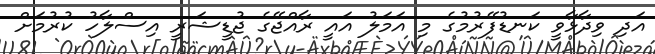
އަދި ވިދާޅާވީ ކަނޑުފޭރުމުގެ މި އަމަލު އައީ ރާއްޖޭގެ ޖުޑީޝަރީ އިސްލާހު ކުރުމަށް